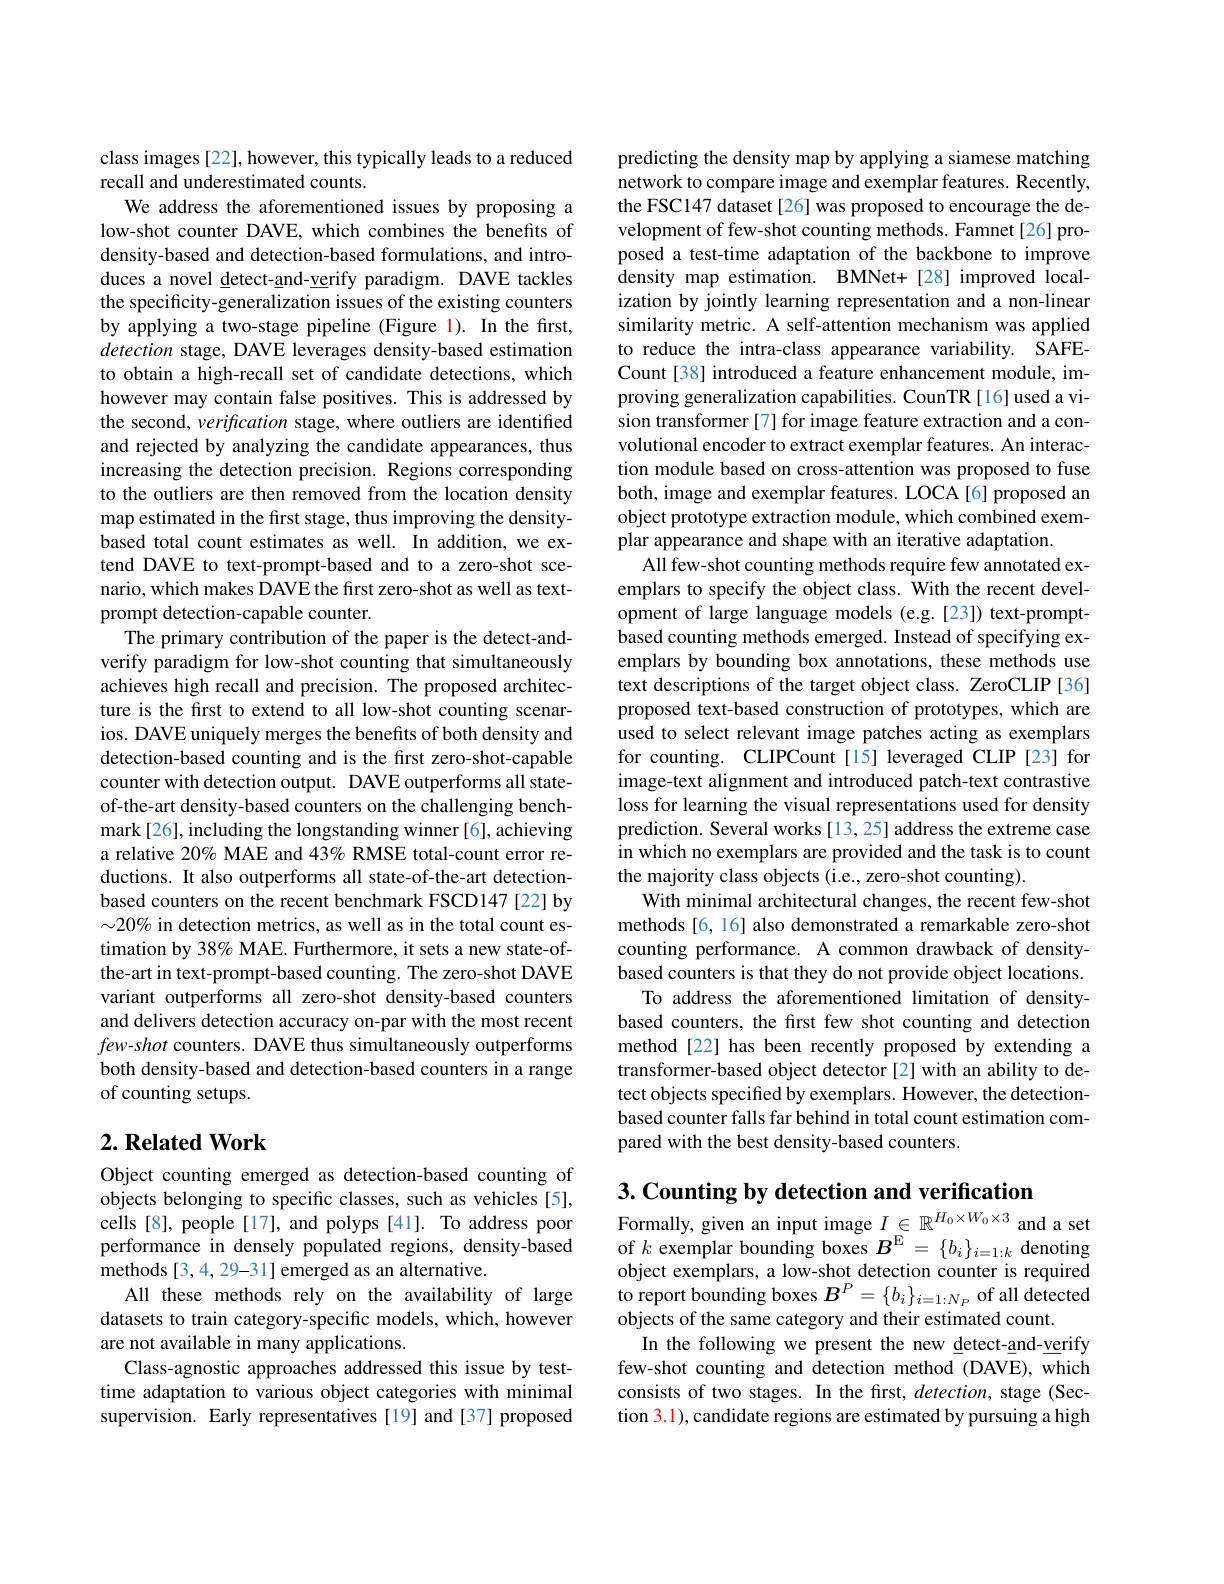
class images [22], however, this typically leads to a reduced
recall and underestimated counts.
We address the aforementioned issues by proposing a low-shot counter DAVE, which combines the benefits of density-based and detection-based formulations, and introduces a novel detect-and-verify paradigm. DAVE tackles the specificity-generalization issues of the existing counters by applying a two-stage pipeline (Figure 1). In the first, detection stage, DAVE leverages density-based estimation to obtain a high-recall set of candidate detections, which however may contain false positives. This is addressed by the second, verification stage, where outliers are identified and rejected by analyzing the candidate appearances, thus increasing the detection precision. Regions corresponding to the outliers are then removed from the location density map estimated in the first stage, thus improving the densitybased total count estimates as well. In addition, we extend DAVE to text-prompt-based and to a zero-shot scenario, which makes DAVE the first zero-shot as well as textprompt detection-capable counter.
The primary contribution of the paper is the detect-andverify paradigm for low-shot counting that simultaneously achieves high recall and precision. The proposed architecture is the first to extend to all low-shot counting scenarios. DAVE uniquely merges the benefits of both density and detection-based counting and is the first zero-shot-capable counter with detection output. DAVE outperforms all stateof-the-art density-based counters on the challenging benchmark[26], including the longstanding winner[6], achieving a relative 20% MAE and 43% RMSE total-count error reductions. It also outperforms all state-of-the-art detectionbased counters on the recent benchmark FSCD147 [22] by $\sim20\%$ in detection metrics, as well as in the total count estimation by 38% MAE. Furthermore, it sets a new state-ofthe-art in text-prompt-based counting. The zero-shot DAVE variant outperforms all zero-shot density-based counters and delivers detection accuracy on-par with the most recent $few-shot$ counters. DAVE thus simultaneously outperforms both density-based and detection-based counters in a range of counting setups.

## $2. \textbf{Related Work}$

Object counting emerged as detection-based counting of objects belonging to specific classes, such as vehicles [5], cells[8], people[17], and polyps[41]. To address poor performance in densely populated regions, density-based methods [ 3, 4, 29- 31] emerged as an alternative.
All these methods rely on the availability of large datasets to train category-specific models, which, however are not available in many applications.
Class-agnostic approaches addressed this issue by testtime adaptation to various object categories with minimal supervision. Early representatives [19] and [37] proposed

predicting the density map by applying a siamese matching network to compare image and exemplar features. Recently, the FSC147 dataset [26] was proposed to encourage the development of few-shot counting methods. Famnet[26]proposed a test-time adaptation of the backbone to improve density map estimation. BMNet+[28] improved localization by jointly learning representation and a non-linear similarity metric. A self-attention mechanism was applied to reduce the intra-class appearance variability. SAFECount [38] introduced a feature enhancement module, improving generalization capabilities. CounTR[16]used a vision transformer [7] for image feature extraction and a convolutional encoder to extract exemplar features. An interaction module based on cross-attention was proposed to fuse both, image and exemplar features. LOCA[6] proposed an object prototype extraction module, which combined exemplar appearance and shape with an iterative adaptation.
All few-shot counting methods require few annotated exemplars to specify the object class. With the recent development of large language models (e.g.[23]) text-promptbased counting methods emerged. Instead of specifying exemplars by bounding box annotations, these methods use text descriptions of the target object class. ZeroCLIP [36] proposed text-based construction of prototypes, which are used to select relevant image patches acting as exemplars for counting. CLIPCount [15] leveraged CLIP [23] for image-text alignment and introduced patch-text contrastive loss for learning the visual representations used for density prediction. Several works[13,25] address the extreme case in which no exemplars are provided and the task is to count the majority class objects (i.e., zero-shot counting).
With minimal architectural changes, the recent few-shot methods [6, 16] also demonstrated a remarkable zero-shot counting performance. A common drawback of densitybased counters is that they do not provide object locations.
To address the aforementioned limitation of densitybased counters, the first few shot counting and detection method[22] has been recently proposed by extending a transformer-based object detector [2] with an ability to detect objects specified by exemplars. However, the detectionbased counter falls far behind in total count estimation compared with the best density-based counters.

$3. \textbf{Counting by detection and verification}$
Formally, given an input image $I_\mathrm{E}\in\mathbb{R}^{H_0\times W_0\times3}$ and a set

of $k$ exemplar bounding boxes $B^\mathrm{E}=\{b_i\}_{i=1:k}$ denoting object exemplars, a low-shot detection counter is required to report bounding boxes $B^P=\{b_i\}_{i=1:N_P}$ of all detected objects of the same category and their estimated count.
In the following we present the new detect-and-verify few-shot counting and detection method (DAVE), which consists of two stages. In the frst, detection, stage (Section 3.1), candidate regions are estimated by pursuing a high